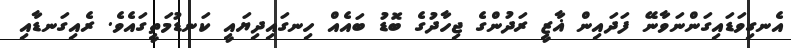
އެނގިވަޑައިގަންނަވާނޭ ފަދައިން ޣާޒީ ރަދުންގެ ޖިހާދުގެ ބޮޑު ބައެއް ހިނގައިދިޔައީ ކަނޑުމަތީގައެވެ. ރެއިގަނޑާއި